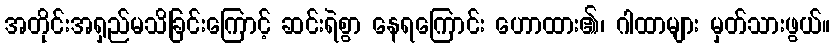
အတိုင်းအရှည်မသိခြင်းကြောင့် ဆင်းရဲစွာ နေရကြောင်း ဟောထား၏၊ ဂါထာများ မှတ်သားဖွယ်။